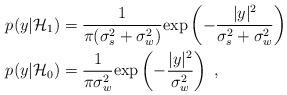
LaTeX: \begin{align*}p(y|\mathcal{H}_1)&=\frac{1}{\pi(\sigma_s^2+\sigma_w^2)} \mathrm{exp}\left(-\frac{|y|^2}{\sigma_s^2+\sigma_w^2}\right)\\p(y|\mathcal{H}_0)&=\frac{1}{\pi\sigma_w^2}\mathrm{exp}\left(-\frac{|y|^2}{\sigma_w^2}\right)\;,\end{align*}